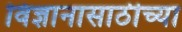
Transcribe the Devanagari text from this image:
विज्ञानासाठीच्या